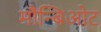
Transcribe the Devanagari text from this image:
मौन्बिओट